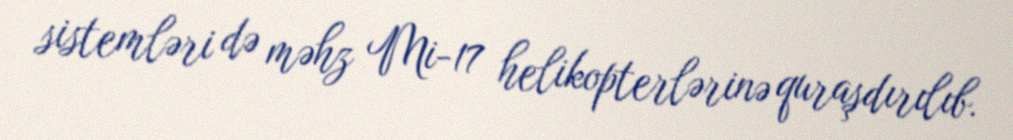
sistemləri də məhz Mi-17 helikopterlərinə quraşdırılıb.